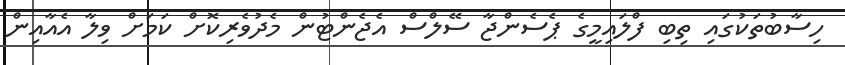
ހިސާބުތަކުގައި ތިބި ފްލައިމީގެ ޕެސެންޖާ ސޭލްސް އެޖެންޓުން މެދުވެރިކޮށް ކަމަށް ވިލާ އެއާއިން